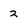
Character: 2